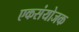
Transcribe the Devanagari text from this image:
एकसंयोजक